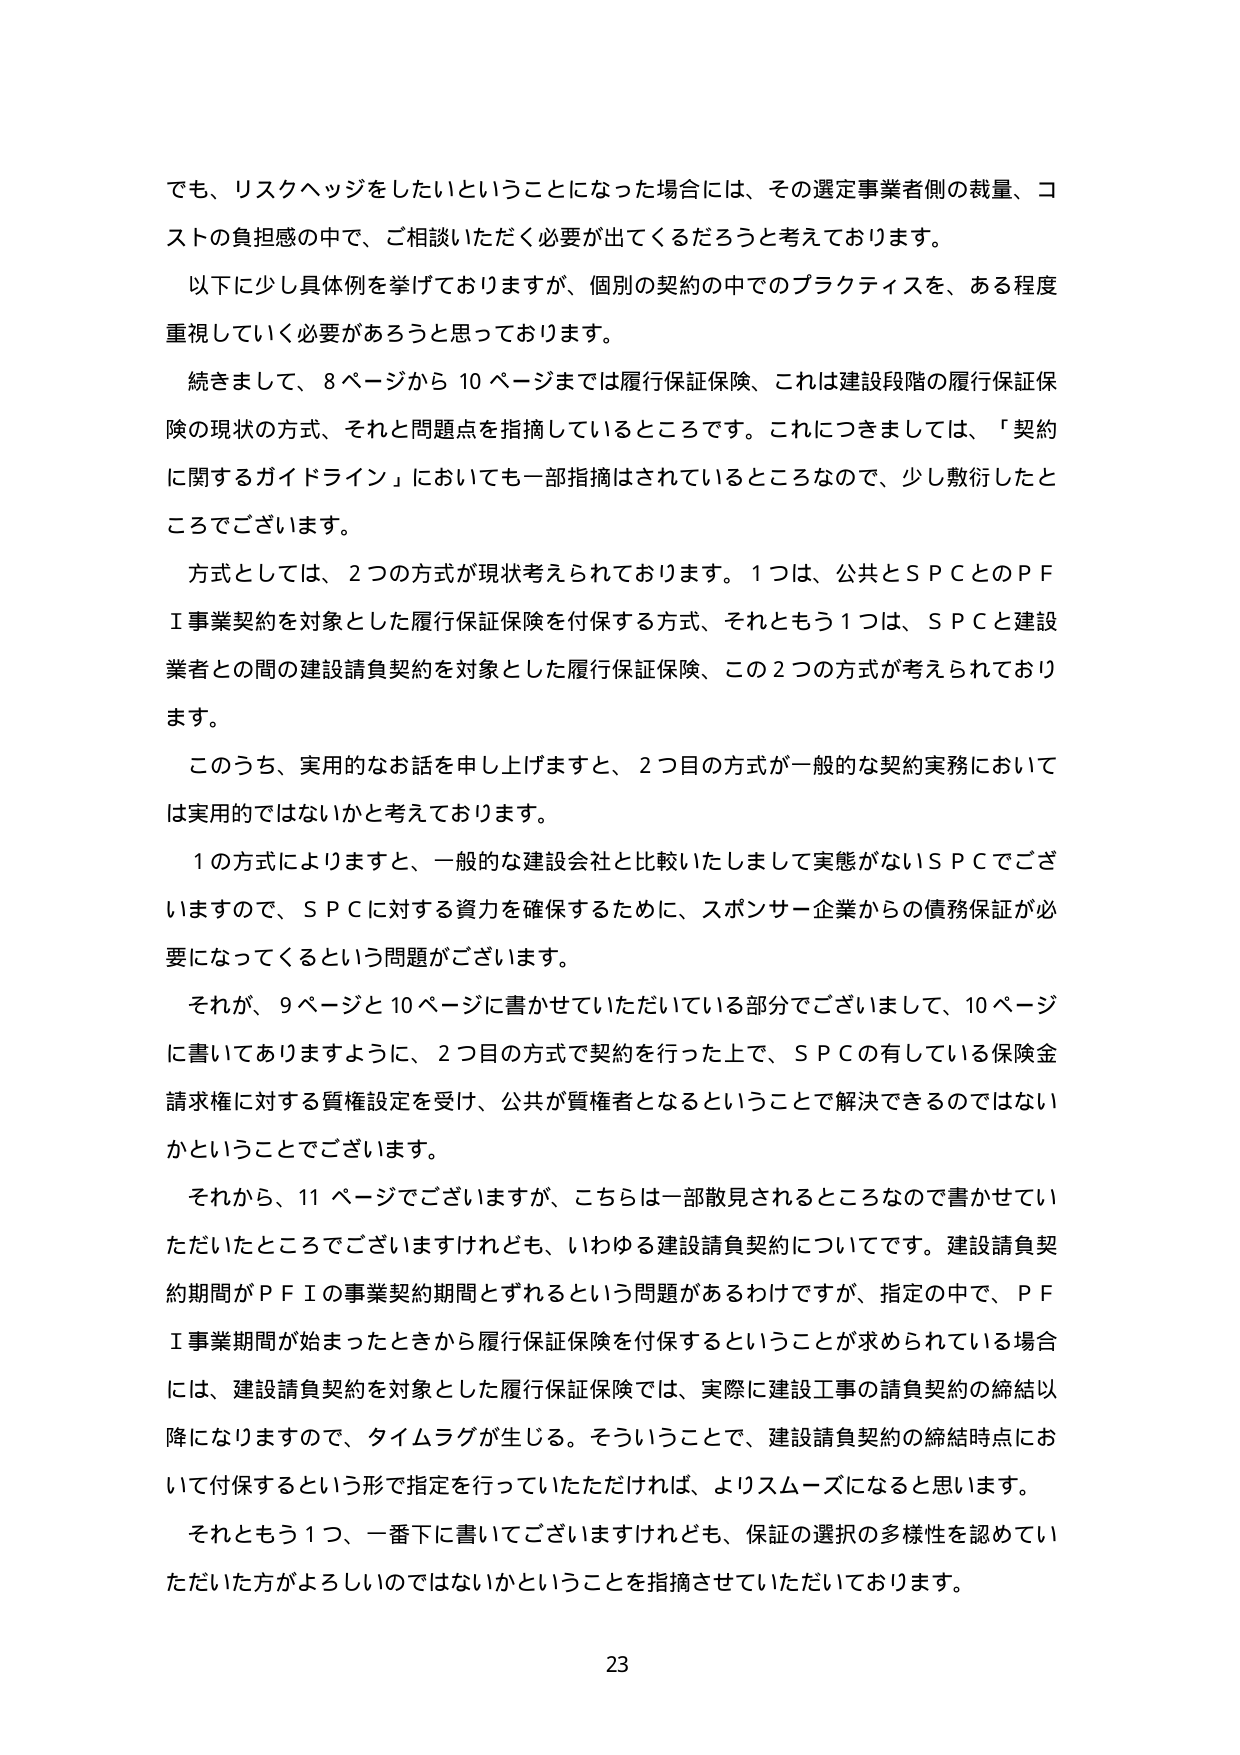
でも、リスクヘッジをしたいということになった場合には、その選定事業者側の裁量、コストの負担感の中で、ご相談いただく必要が出てくるだろうと考えております。

以下に少し具体例を挙げておりますが、個別の契約の中でのプラクティスを、ある程度重視していく必要があろうと思っております。

続きまして、8ページから10ページまでは履行保証保険、これは建設段階の履行保証保険の現状の方式、それと問題点を指摘しているところです。これにつきましては、「契約に関するガイドライン」においても一部指摘はされているところなので、少し敷衍したところでございます。

方式としては、2つの方式が現状考えられております。1つは、公共とＳＰＣとのＰＦＩ事業契約を対象とした履行保証保険を付保する方式、それともう1つは、ＳＰＣと建設業者との間の建設請負契約を対象とした履行保証保険、この2つの方式が考えられております。

このうち、実用的なお話をお申し上げますと、2つ目の方式が一般的な契約実務においては実用的ではないかと考えております。

1の方式によりますと、一般的な建設会社と比較いたしまして実態がないＳＰＣでございますので、ＳＰＣに対する資力を確保するために、スポンサー企業からの債務保証が必要になってくるという問題がございます。

それが、9ページと10ページに書かせていただいている部分でございまして、10ページに書いてありますように、2つ目の方式で契約を行った上で、ＳＰＣの有している保険金請求権に対する質権設定を受け、公共が質権者となるということで解決できるのではないかということでございます。

それから、11ページでございますが、こちらは一部散見されるところなので書かせていただいたところでございますけれども、いわゆる建設請負契約についてです。建設請負契約期間がＰＦＩの事業契約期間とずれるという問題があるわけですが、指定の中で、ＰＦＩ事業期間が始まったときから履行保証保険を付保するということが求められている場合には、建設請負契約を対象とした履行保証保険では、実際に建設工事の請負契約の締結以降になりますので、タイムラグが生じる。そういうことで、建設請負契約の締結時点において付保するという形で指定を行っていただければ、よりスムーズになると思います。

それともう1つ、一番下に書いてございますけれども、保証の選択の多様性を認めていただいた方がよろしいのではないかということを指摘させていただいております。

23